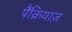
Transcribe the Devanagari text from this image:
पैंक्रियाज़